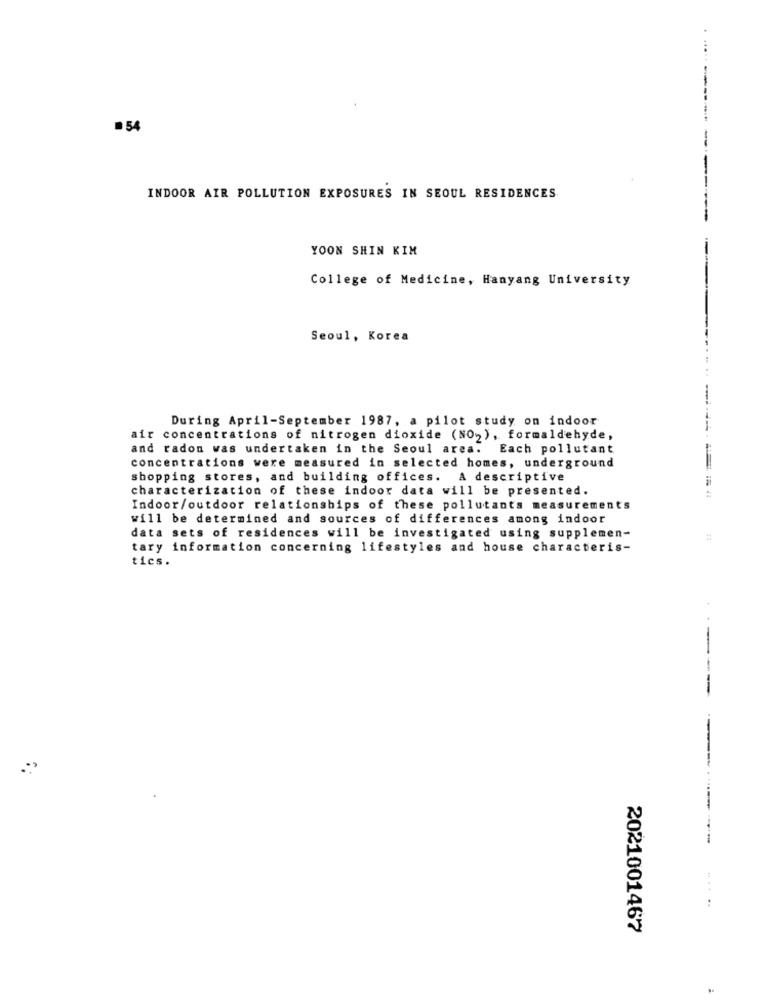
54
INDOOR AIR POLLUTION EXPOSURES IN SEOUL RESIDENCES
YOON SHIN KIM
College of Medicine, Hanyang University
Seoul, Korea
During April-September 1987, a pilot study on indoor
air concentrations of nitrogen dioxide (NO), formaldehyde,
and radon was undertaken in the Seoul area. Each pollutant
concentrations were measured in selected homes, underground
=
shopping stores, and building offices. A descriptive
characterization of these indoor data will be presented.
Indoor/outdoor relationships of these pollutants measurements
will be determined and sources of differences among indoor
data sets of residences will be investigated using supplemen-
tary information concerning lifestyles and house characteris-
tics.
----
....
2021001467